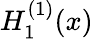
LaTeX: H_{1}^{(1)}(x)